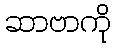
ဆာဗာကို